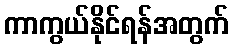
ကာကွယ်နိုင်ရန်အတွက်